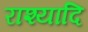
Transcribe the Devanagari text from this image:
राश्यादि